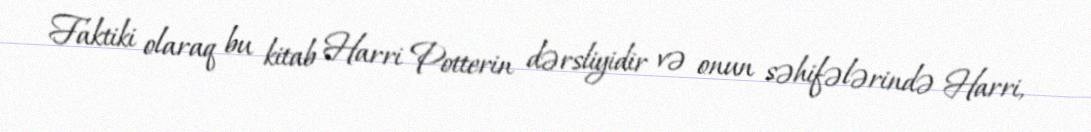
Faktiki olaraq bu kitab Harri Potterin dərsliyidir və onun səhifələrində Harri,